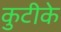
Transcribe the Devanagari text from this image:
कुटीके